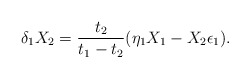
\begin{align*}\delta_1 X_2 = {t_2\over t_1 - t_2} (\eta_1 X_1 - X_2 \epsilon_1).\end{align*}